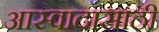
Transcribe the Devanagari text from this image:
आस्वादासाठी